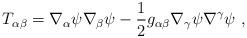
LaTeX: \begin{align*}T_{\alpha\beta}=\nabla_{\alpha}\psi \nabla_{\beta}\psi-\frac{1}{2}g_{\alpha\beta} \nabla_{\gamma}\psi \nabla^{\gamma}\psi~,\end{align*}